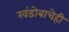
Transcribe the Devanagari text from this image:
खंडोबाचेही